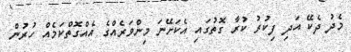
މެދު ދެކޭ އަދި ފިކުރު ކުރާ ގޮތުގައި އެކަށޭނަ މިންވަރެއްގެ އެއްގޮތްކަމެއް ހުރުން